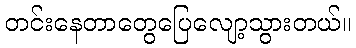
တင်းနေတာတွေပြေလျော့သွားတယ်။